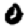
Digit: 0